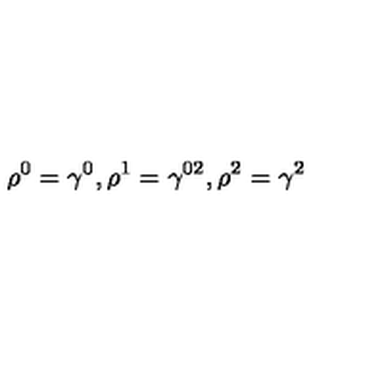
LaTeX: \rho ^ { 0 } = \gamma ^ { 0 } , \rho ^ { 1 } = \gamma ^ { 0 2 } , \rho ^ { 2 } = \gamma ^ { 2 }